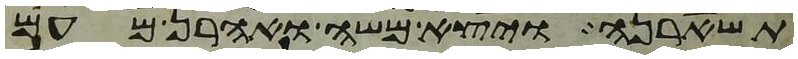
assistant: תשארנה ויצא משה ואהרן מעם